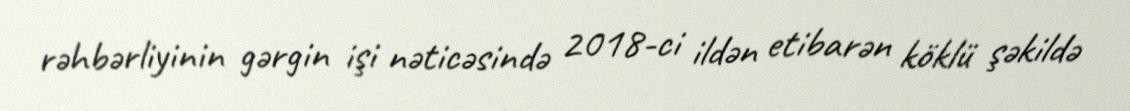
rəhbərliyinin gərgin işi nəticəsində 2018-ci ildən etibarən köklü şəkildə